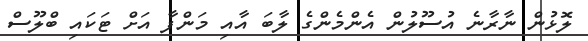
ލޮޅުން ނާރާނެ އުސޫލުން އެންމެންގެ ލާބަ އާއި މަންފާ އަށް ޓަަކައި ބްލޫސް